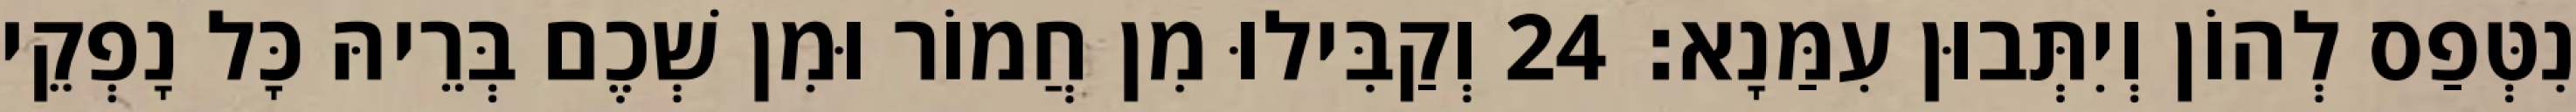
נִטְּפַס לְהוֹן וְיִתְּבוּן עִמַּנָא׃ 24 וְקַבִּילוּ מִן חֲמוֹר וּמִן שְׁכֶם בְּרֵיהּ כָּל נָפְקֵי